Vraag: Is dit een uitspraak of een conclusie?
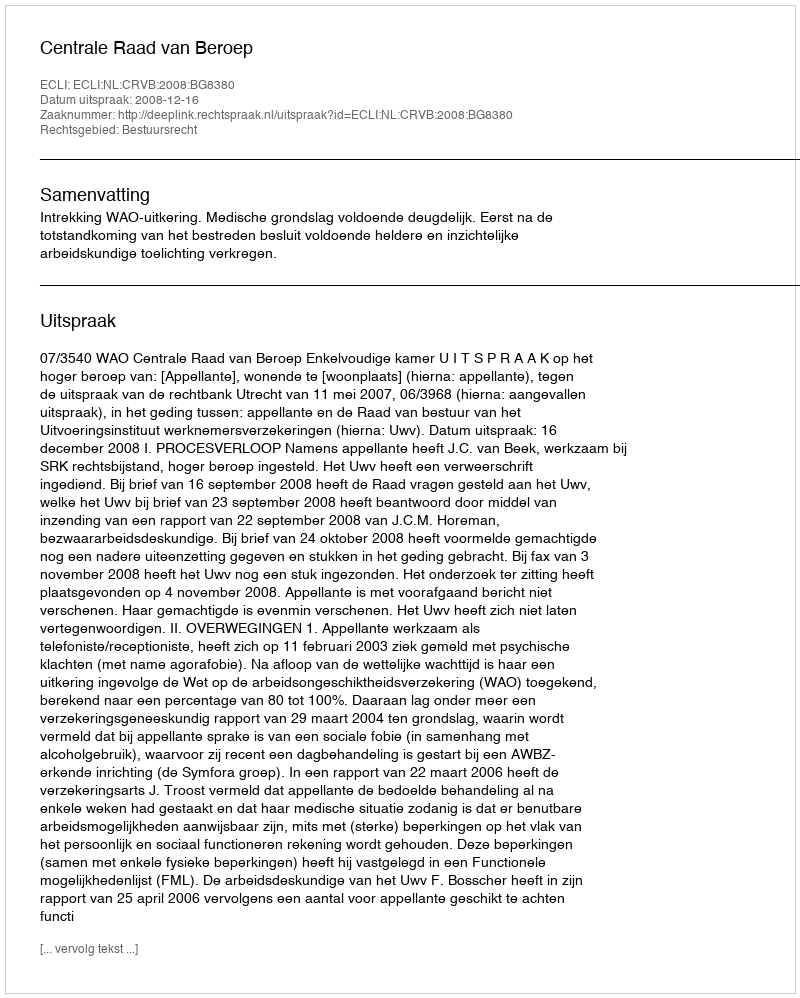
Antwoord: Uitspraak